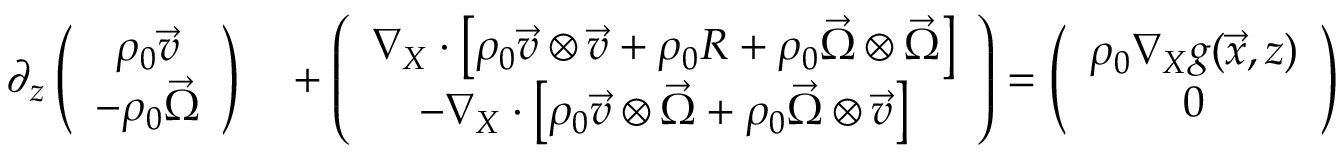
\begin{array} { r l } { \partial _ { z } \left( \begin{array} { c } { \rho _ { 0 } \vec { v } } \\ { - \rho _ { 0 } \vec { \Omega } } \end{array} \right) } & { { } + \left( \begin{array} { c } { \nabla _ { X } \cdot \left[ \rho _ { 0 } \vec { v } \otimes \vec { v } + \rho _ { 0 } R + \rho _ { 0 } \vec { \Omega } \otimes \vec { \Omega } \right] } \\ { - \nabla _ { X } \cdot \left[ \rho _ { 0 } \vec { v } \otimes \vec { \Omega } + \rho _ { 0 } \vec { \Omega } \otimes \vec { v } \right] } \end{array} \right) = \left( \begin{array} { c } { \rho _ { 0 } \nabla _ { X } g ( \vec { x } , z ) } \\ { 0 } \end{array} \right) } \end{array}